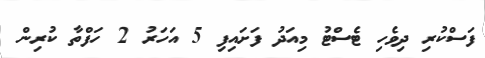
ފަސްކުރި ދިވެހި ޓެސްޓު މިއަދު ފަށައިފި 5 އަހަރު 2 ހަފްތާ ކުރިން